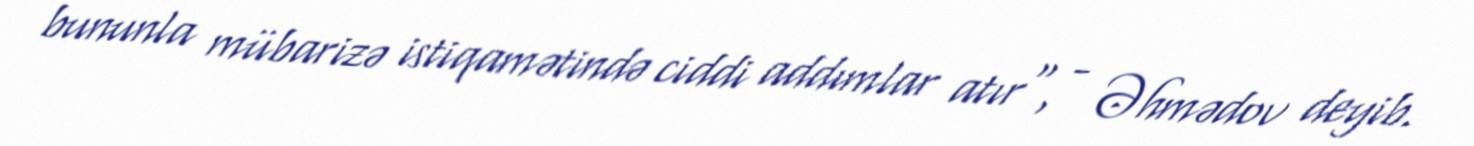
bununla mübarizə istiqamətində ciddi addımlar atır", - Əhmədov deyib.